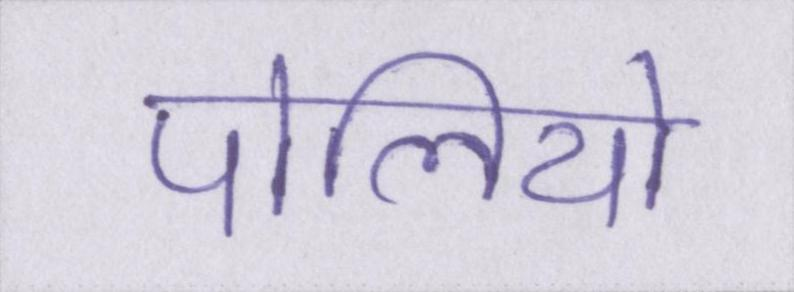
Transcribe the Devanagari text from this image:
पोलियो